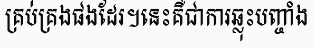
គ្រប់គ្រងផងដែរ។នេះគឺជាការឆ្លុះបញ្ចាំង